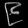
Digit: ၉